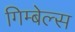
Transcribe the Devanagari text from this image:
गिम्बेल्स